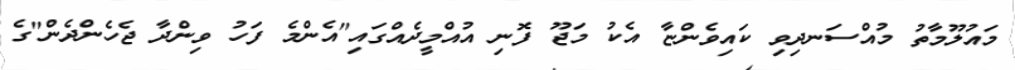
މައުލޫމާތު މުއްސަނދިވި ކައިވެންޏާ އެކު މަޖޫ ފޮނި އުއްމީދެއްގައި"އެންމެ ފަހު ވިންދާ ޖެހެންދެން"ގެ